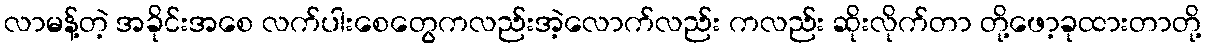
လာမန့်တဲ့ အခိုင်းအစေ လက်ပါးစေတွေကလည်းအဲ့လောက်လည်း ကလည်း ဆိုးလိုက်တာ တို့ဖော့ခုထားတာတို့